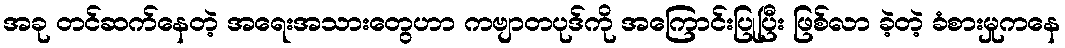
အခု တင်ဆက်နေတဲ့ အရေးအသားတွေဟာ ကဗျာတပုဒ်ကို အကြောင်းပြုပြီး ဖြစ်လာ ခဲ့တဲ့ ခံစားမှုကနေ